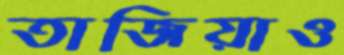
তাজিয়াও